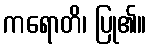
ကရောတိ၊ ပြု၏။